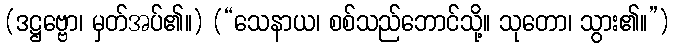
(ဒဋ္ဌဗ္ဗော၊ မှတ်အပ်၏။) (“သေနာယ၊ စစ်သည်ဘောင်သို့။ သုတော၊ သွား၏။”)